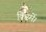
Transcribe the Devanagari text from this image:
किस्में।